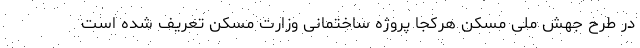
در طرح جهش ملی مسکن هرکجا پروژه ساختمانی وزارت مسکن تعریف شده است